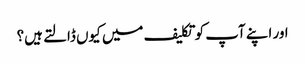
اور اپنے آپ کو تکلیف میں کیوں ڈالتے ہیں؟